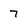
Character: 7